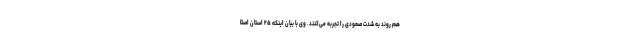
هم روند به شدت صعودی را تجربه می‌کنند. وی با بیان اینکه ۲۵ استان اصلا